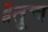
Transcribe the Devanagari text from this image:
॥तूच